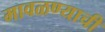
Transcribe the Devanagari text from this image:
मावळण्याची